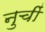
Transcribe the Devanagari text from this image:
नुचीं